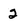
Character: 2